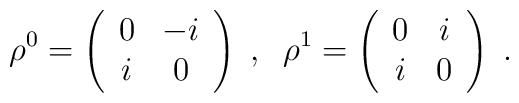
\rho^0=\left(\begin{array}{cc}0 & -i \\ i & 0 \end{array}\right) \;,\;\; \rho^1=\left(\begin{array}{cc}0 & i \\ i & 0 \end{array}\right)\;.